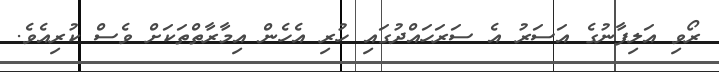
ރޯވި އަލިފާނުގެ އަސަރު އެ ސަރަހައްދުގައި ހުރި އެހެން އިމާރާތްތަކަށް ވެސް ކުރިއެވެ.